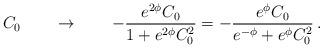
LaTeX: \begin{align*}\,\,\, C_0 \qquad \rightarrow \qquad -\frac{e^{2\phi}C_0}{1+e^{2\phi}C_0^{2}}=-\frac{e^{\phi}C_0 }{e^{-\phi}+e^{\phi}C_0^{2}} \, .\end{align*}